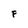
Character: F